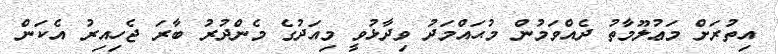
އިތުރަށް މަޢުލޫމާތު ދެއްވަމުން މުޙައްމަދު ވިދާޅުވީ މިއަދުގެ މެންދުރު ބާރަ ޖެހިއިރު އެކަން